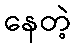
နေတဲ့